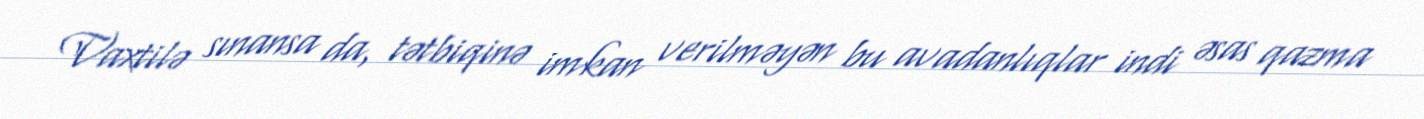
Vaxtilə sınansa da, tətbiqinə imkan verilməyən bu avadanlıqlar indi əsas qazma